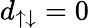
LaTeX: d_{\uparrow\downarrow}=0